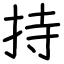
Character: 持